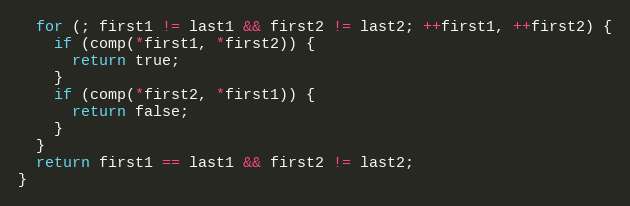
Language: C
  for (; first1 != last1 && first2 != last2; ++first1, ++first2) {
    if (comp(*first1, *first2)) {
      return true;
    }
    if (comp(*first2, *first1)) {
      return false;
    }
  }
  return first1 == last1 && first2 != last2;
}